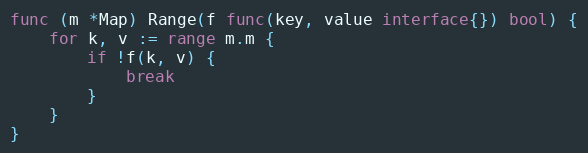
Language: Go
func (m *Map) Range(f func(key, value interface{}) bool) {
	for k, v := range m.m {
		if !f(k, v) {
			break
		}
	}
}